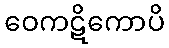
ဝေကဋိကောပိ